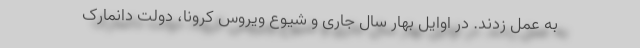
به عمل زدند. در اوایل بهار سال جاری و شیوع ویروس کرونا، دولت دانمارک